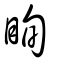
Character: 眴